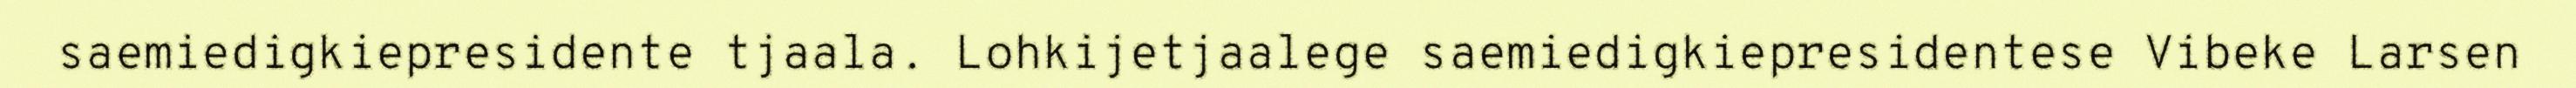
saemiedigkiepresidente tjaala. Lohkijetjaalege saemiedigkiepresidentese Vibeke Larsen